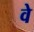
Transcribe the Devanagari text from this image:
वेे